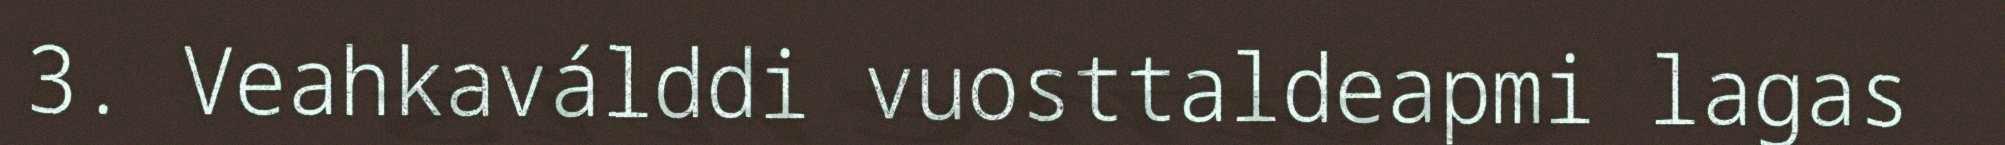
3. Veahkaválddi vuosttaldeapmi lagas